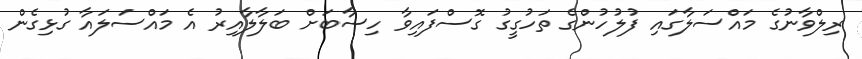
ރިލްވާނުގެ މައްސަލާގައި ފުލުހުންގެ ތަހުގީގު ގޮސްފައިވާ ހިސާބަށް ބަލާލާއިރު އެ މައްސަލައާ ގުޅިގެން